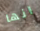
انها